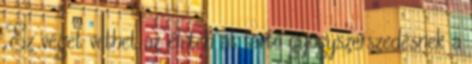
„Ez véget vethet az életen át tartó gyógyszerszedésnek a